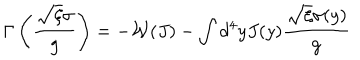
\Gamma \left( \frac { \sqrt { \xi } \sigma } { g } \right) = - \mathcal { W } ( J ) - \int d ^ { 4 } y J ( y ) \frac { \sqrt { \xi } \sigma ( y ) } { g }